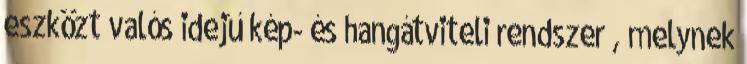
eszközt valós idejű kép- és hangátviteli rendszer , melynek